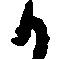
か